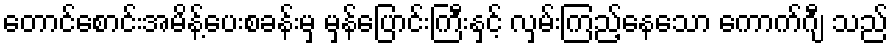
တောင်စောင်းအမိန့်ပေးစခန်းမှ မှန်ပြောင်းကြီးနှင့် လှမ်းကြည့်နေသော ကောက်ဂျီ သည်